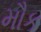
મૌક